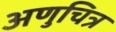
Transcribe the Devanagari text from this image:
अणुचित्र